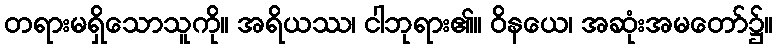
တရားမရှိသောသူကို။ အရိယဿ၊ ငါဘုရား၏။ ဝိနယေ၊ အဆုံးအမတော်၌။